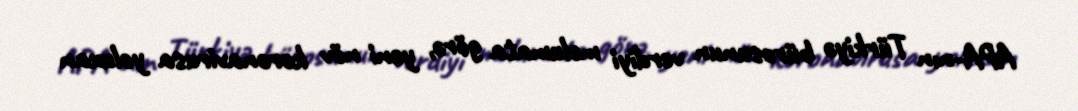
APA-nın Türkiyə bürosunun verdiyi məlumata görə, yeni növ koronavirusa yoluxan